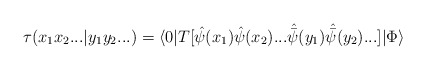
\begin{align*}\tau (x_1 x_2 ... | y_1 y_2 ...) = \langle 0 | T[{\hat \psi} (x_1) {\hat \psi} (x_2) ...{\hat {\bar \psi }} (y_1) {\hat {\bar \psi }} (y_2) ...] | \Phi \rangle\end{align*}